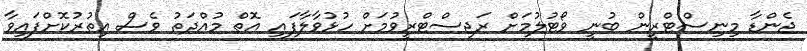
ޖެންޑާ މިނިސްޓްރީން ބުނީ ވޯޓުލުމަށް ރަޖިސްޓްރީވުމަށް ހުޅުވާލާފައި އޮތް މުއްދަތު ވެސް އިތުރުކޮށްފައިވާ